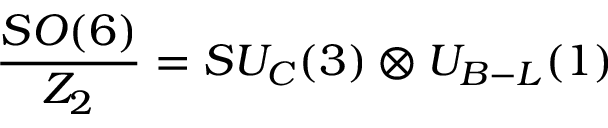
\frac { S O ( 6 ) } { Z _ { 2 } } = S U _ { C } ( 3 ) \otimes U _ { B - L } ( 1 )